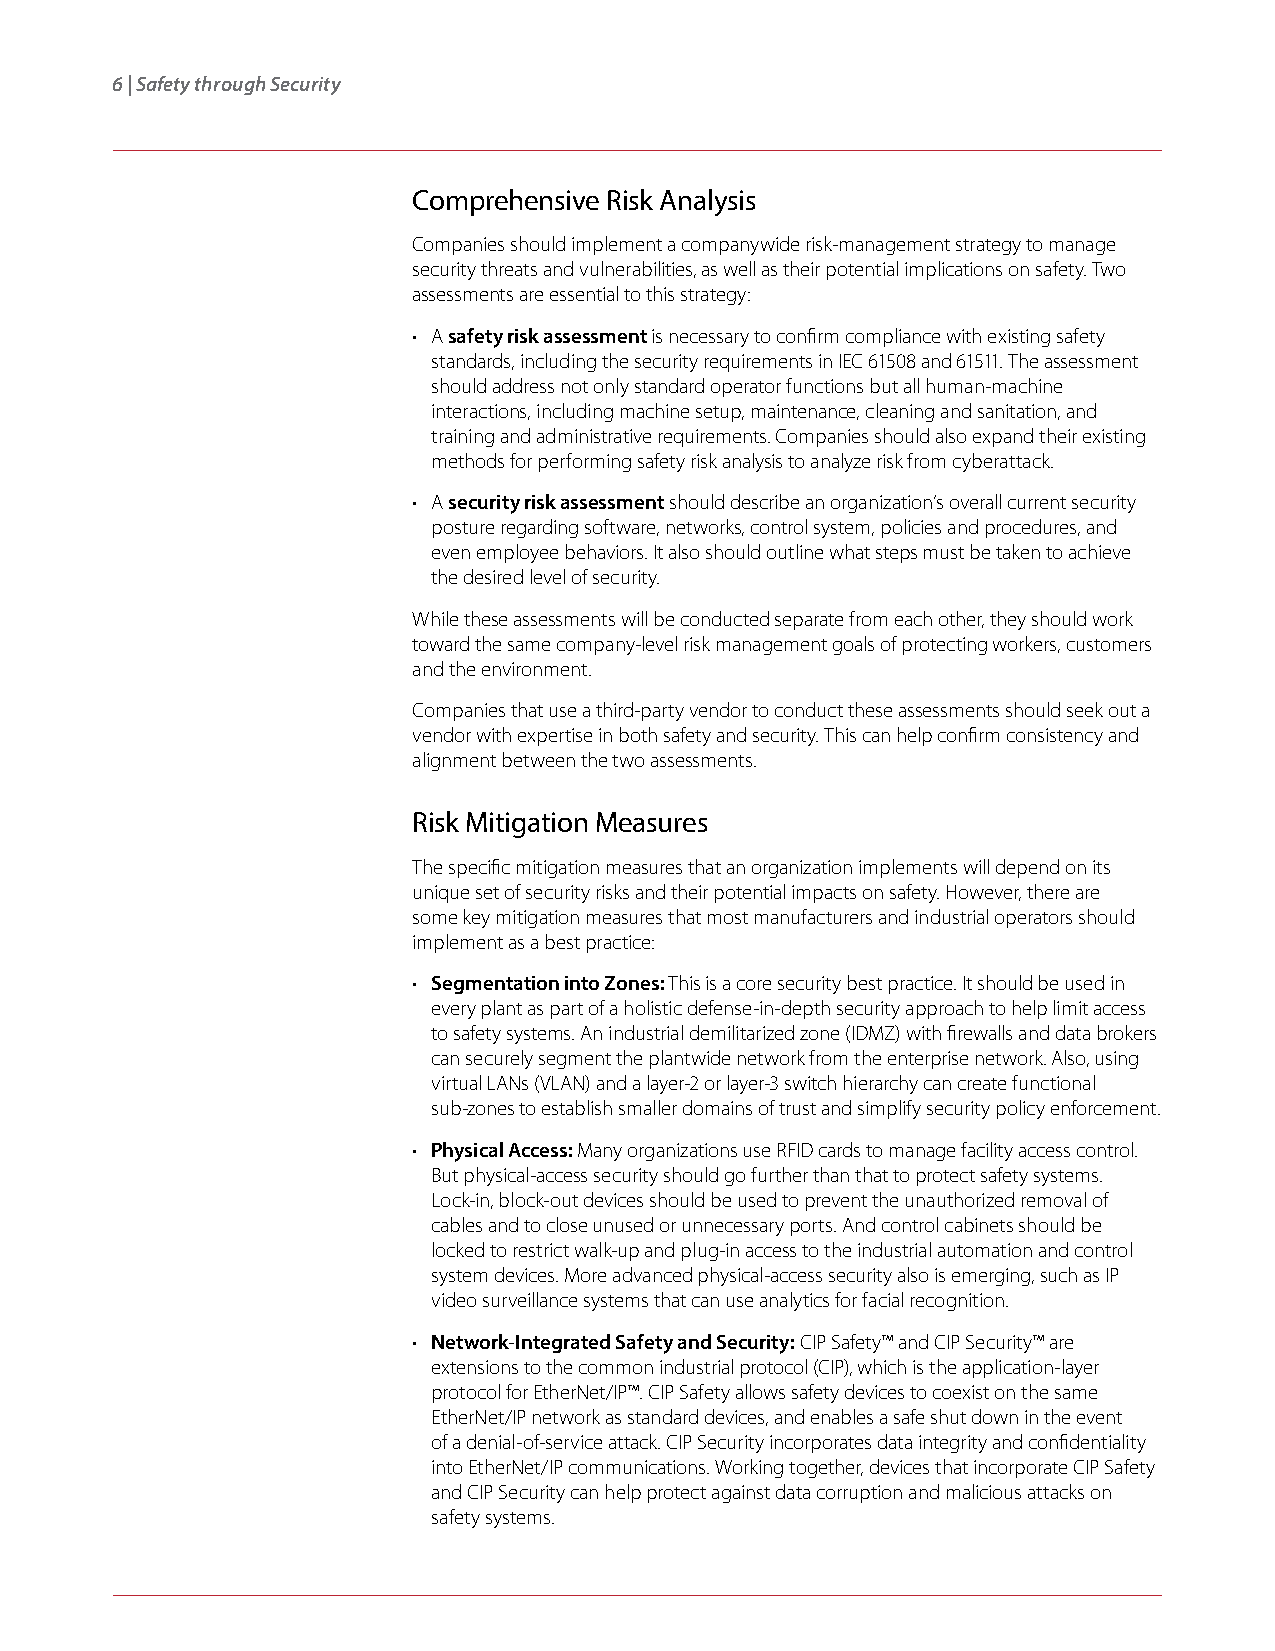
6 | Safety through Security
 Comprehensive Risk Analysis
 Companies should implement a companywide risk-management strategy to manage
 security threats and vulnerabilities, as well as their potential implications on safety. Two
 assessments are essential to this strategy:
 • A safety risk assessment is necessary to confirm compliance with existing safety
 standards, including the security requirements in IEC 61508 and 61511. The assessment
 should address not only standard operator functions but all human-machine
 interactions, including machine setup, maintenance, cleaning and sanitation, and
 training and administrative requirements. Companies should also expand their existing
 methods for performing safety risk analysis to analyze risk from cyberattack.
 • A security risk assessment should describe an organization’s overall current security
 posture regarding software, networks, control system, policies and procedures, and
 even employee behaviors. It also should outline what steps must be taken to achieve
 the desired level of security.
 While these assessments will be conducted separate from each other, they should work
 toward the same company-level risk management goals of protecting workers, customers
 and the environment.
 Companies that use a third-party vendor to conduct these assessments should seek out a
 vendor with expertise in both safety and security. This can help confirm consistency and
 alignment between the two assessments.
 Risk Mitigation Measures
 The specific mitigation measures that an organization implements will depend on its
 unique set of security risks and their potential impacts on safety. However, there are
 some key mitigation measures that most manufacturers and industrial operators should
 implement as a best practice:
 • Segmentation into Zones: This is a core security best practice. It should be used in
 every plant as part of a holistic defense-in-depth security approach to help limit access
 to safety systems. An industrial demilitarized zone (IDMZ) with firewalls and data brokers
 can securely segment the plantwide network from the enterprise network. Also, using
 virtual LANs (VLAN) and a layer-2 or layer-3 switch hierarchy can create functional
 sub-zones to establish smaller domains of trust and simplify security policy enforcement.
 • Physical Access: Many organizations use RFID cards to manage facility access control.
 But physical-access security should go further than that to protect safety systems.
 Lock-in, block-out devices should be used to prevent the unauthorized removal of
 cables and to close unused or unnecessary ports. And control cabinets should be
 locked to restrict walk-up and plug-in access to the industrial automation and control
 system devices. More advanced physical-access security also is emerging, such as IP
 video surveillance systems that can use analytics for facial recognition.
 • Network-Integrated Safety and Security: CIP Safety™ and CIP Security™ are
 extensions to the common industrial protocol (CIP), which is the application-layer
 protocol for EtherNet/IP™. CIP Safety allows safety devices to coexist on the same
 EtherNet/IP network as standard devices, and enables a safe shut down in the event
 of a denial-of-service attack. CIP Security incorporates data integrity and confidentiality
 into EtherNet/IP communications. Working together, devices that incorporate CIP Safety
 and CIP Security can help protect against data corruption and malicious attacks on
 safety systems.